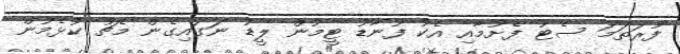
ފުރަތަމަ ސެޓު ފެށުމާއި އެކު ފުނާޑު ޓީމުން ލީޑު ނަގައިގެން މެޗު ކުޅެމުން